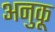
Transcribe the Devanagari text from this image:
अनुकू